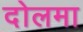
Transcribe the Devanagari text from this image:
दोलमा